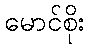
မောင်စိုး